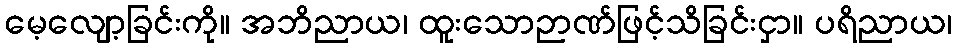
မေ့လျော့ခြင်းကို။ အဘိညာယ၊ ထူးသောဉာဏ်ဖြင့်သိခြင်းငှာ။ ပရိညာယ၊